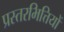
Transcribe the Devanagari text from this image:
प्रस्तरभित्तियों